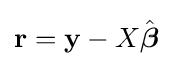
\mathbf {r} =\mathbf {y} -X{\hat {\boldsymbol {\beta }}}